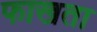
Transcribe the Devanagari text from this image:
फाखता